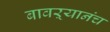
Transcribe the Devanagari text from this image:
बावऱ्यानंच